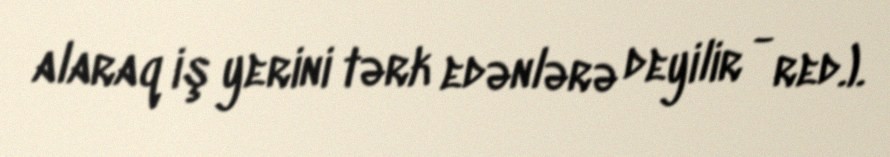
alaraq iş yerini tərk edənlərə deyilir - red.).